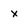
Character: x